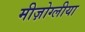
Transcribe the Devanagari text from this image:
मीज़ोग्लीया